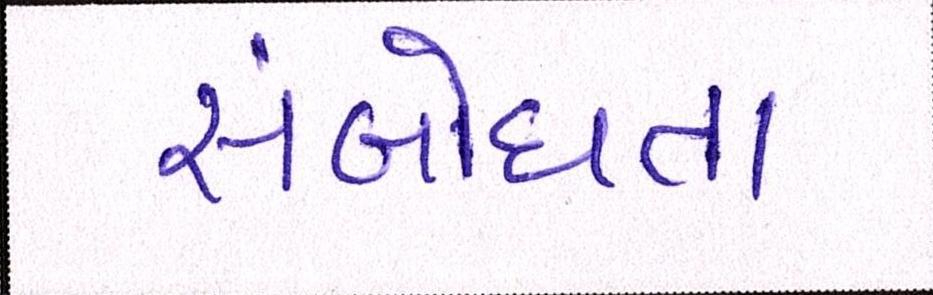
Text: સંબોધતા